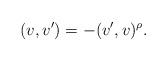
LaTeX: \begin{align*}(v,v') = -(v',v)^\rho.\end{align*}